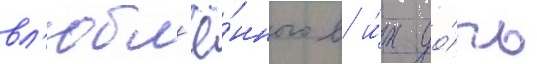
вл'юбл'ё́нного в и́х до́чь